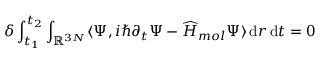
\delta \int _ { t _ { 1 } } ^ { t _ { 2 } } \int _ { \ensuremath { \mathbb { R } } ^ { 3 N } } \langle \Psi , i \hbar \partial _ { t } \Psi - \widehat H _ { m o l } \Psi \rangle \, \mathrm { d } r \, { \mathrm { d } t = 0 }